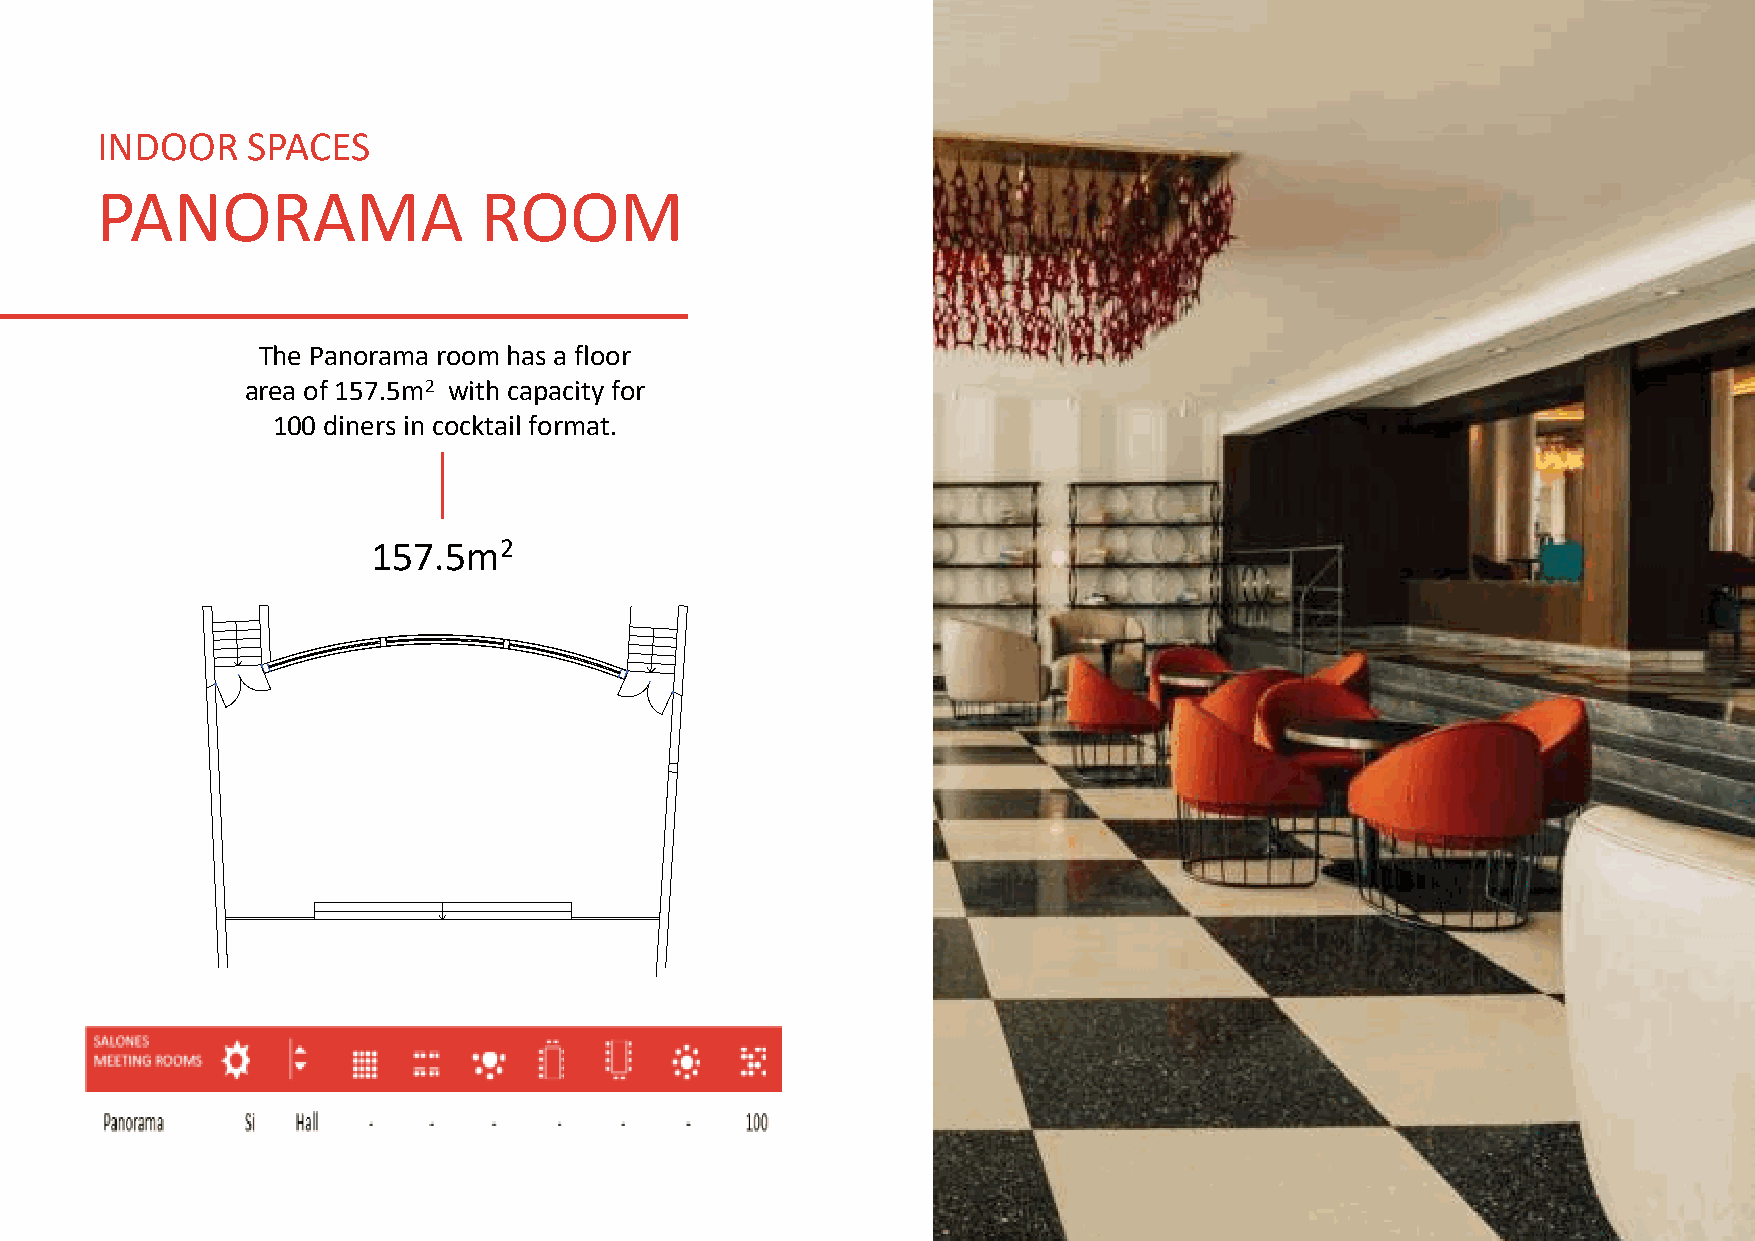
INDOOR    SPACES
 PANORAMA                  ROOM
 The Panorama room has a floor
 area of 157.5m2 with capacity for
 100 diners in cocktail format.
 157.5m2